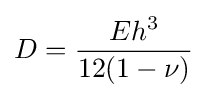
D={\frac {Eh^{3}}{12(1-\nu )}}